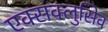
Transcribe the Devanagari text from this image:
एक्सक्लुसिव